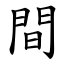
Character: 間